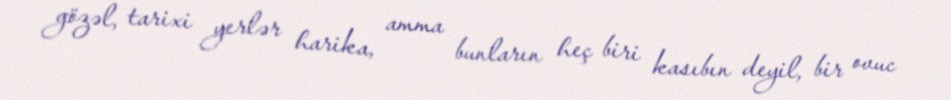
gözəl, tarixi yerlər harika, amma bunların heç biri kasıbın deyil, bir ovuc